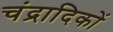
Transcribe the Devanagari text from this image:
चंद्रादिकों